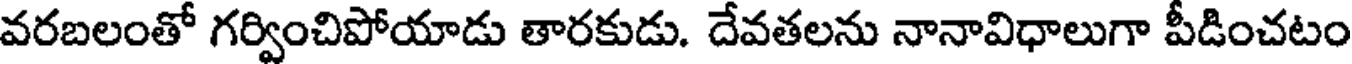
వరబలంతో గర్వించిపోయాడు తారకుడు. దేవతలను నానావిధాలుగా పీడించటం